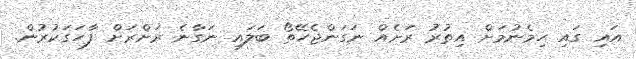
އައި ގައި ހިމެނުމަށް އިތުރު ރަށެއް ނަގަންޖެހޭތޯ ބަލައި ނަގާނެ ރަށްރަށް ފާހަގަކުރުން.